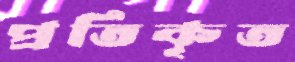
প্রতিকৃত